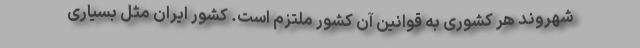
شهروند هر کشوری به قوانین آن کشور ملتزم است. کشور ایران مثل بسیاری